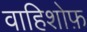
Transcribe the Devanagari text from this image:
वाहिशोफ़